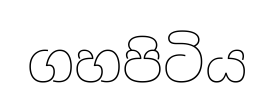
ගහපිටිය